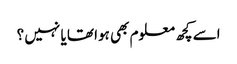
اسے کچھ معلوم بھی ہوا تھا یا نہیں ؟